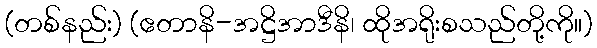
(တစ်နည်း) (ဧတာနိ-အဋ္ဌိအာဒီနိ၊ ထိုအရိုးစသည်တို့ကို။)